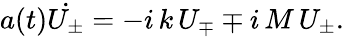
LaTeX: a(t)\dot{U_{\pm}}=-i\, k\, U_{\mp}\mp i\, M\, U_{\pm}.